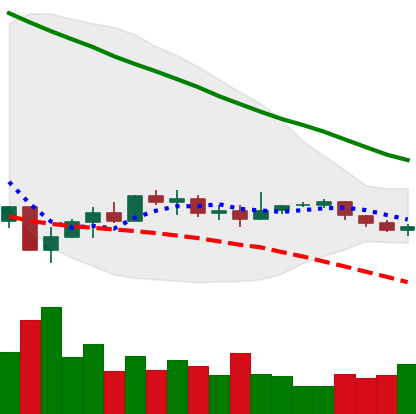
Ticker: EOS-USD
Chart end date: 2019-12-12
Forward return: -15.087%
Label: down_7plus